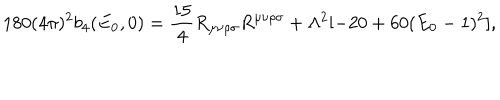
1 8 0 ( 4 \pi ) ^ { 2 } b _ { 4 } ( E _ { 0 } , 0 ) = \frac { 1 5 } { 4 } R _ { \mu \nu \rho \sigma } R ^ { \mu \nu \rho \sigma } + \Lambda ^ { 2 } [ - 2 0 + 6 0 ( E _ { 0 } - 1 ) ^ { 2 } ] ,